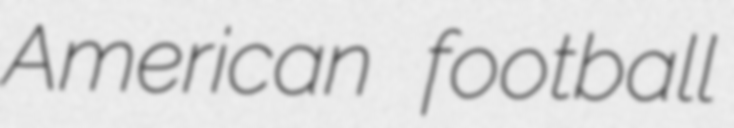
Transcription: American football